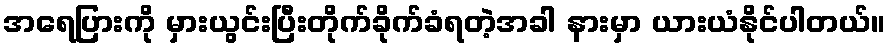
အရေပြားကို မှားယွင်းပြီးတိုက်ခိုက်ခံရတဲ့အခါ နားမှာ ယားယံနိုင်ပါတယ်။